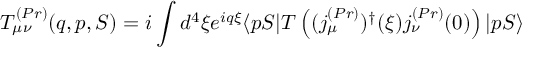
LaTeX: T _ { \mu \nu } ^ { ( P r ) } ( q , p , S ) = i \int d ^ { 4 } \xi e ^ { i q \xi } \langle p S | T \left( ( j _ { \mu } ^ { ( P r ) } ) ^ { \dagger } ( \xi ) j _ { \nu } ^ { ( P r ) } ( 0 ) \right) | p S \rangle